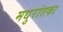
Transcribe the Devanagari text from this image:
मधुरांतका